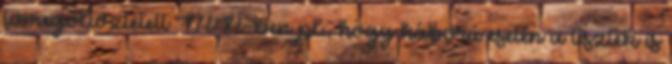
tömegöltöztetett MN-ben pl., hogy háború esetén a tisztek is